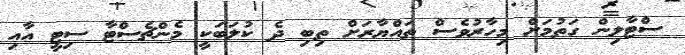
ސްޓާލިން ގަތުމަށް މިހާރުވެސް ތައްޔާރަށް ތިބި ދެ ކުލަބަކީ މެންޗެސްޓާ ސިޓީ އާއި